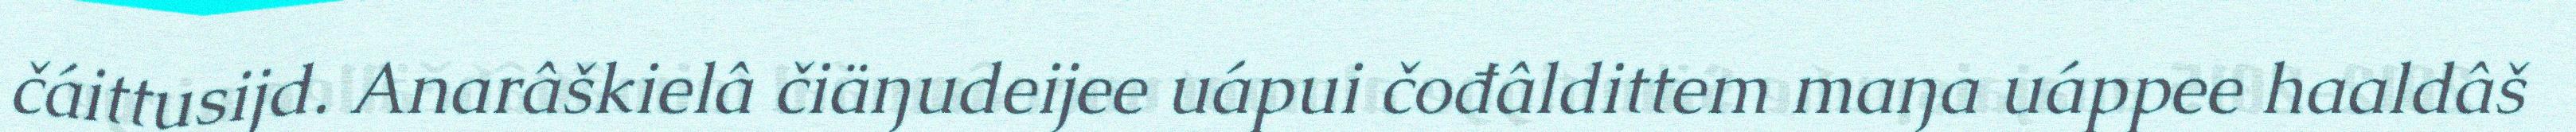
čáittusijd. Anarâškielâ čiäŋudeijee uápui čođâldittem maŋa uáppee haaldâš